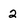
Character: 2